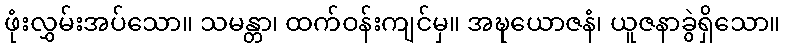
ဖုံးလွှမ်းအပ်သော။ သမန္တာ၊ ထက်ဝန်းကျင်မှ။ အဍ္ဎယောဇနံ၊ ယူဇနာခွဲရှိသော။